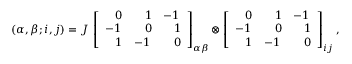
( \alpha , \beta ; i , j ) = J ~ { \left[ \begin{array} { l l l } { \; ~ ~ 0 } & { \; ~ ~ 1 } & { - 1 } \\ { - 1 } & { \; ~ ~ 0 } & { \; ~ ~ 1 } \\ { \; ~ ~ 1 } & { - 1 } & { \; ~ ~ 0 } \end{array} \right] } _ { \alpha \beta } \otimes { \left[ \begin{array} { l l l } { \; ~ ~ 0 } & { \; ~ ~ 1 } & { - 1 } \\ { - 1 } & { \; ~ ~ 0 } & { \; ~ ~ 1 } \\ { \; ~ ~ 1 } & { - 1 } & { \; ~ ~ 0 } \end{array} \right] } _ { i j } \; ,